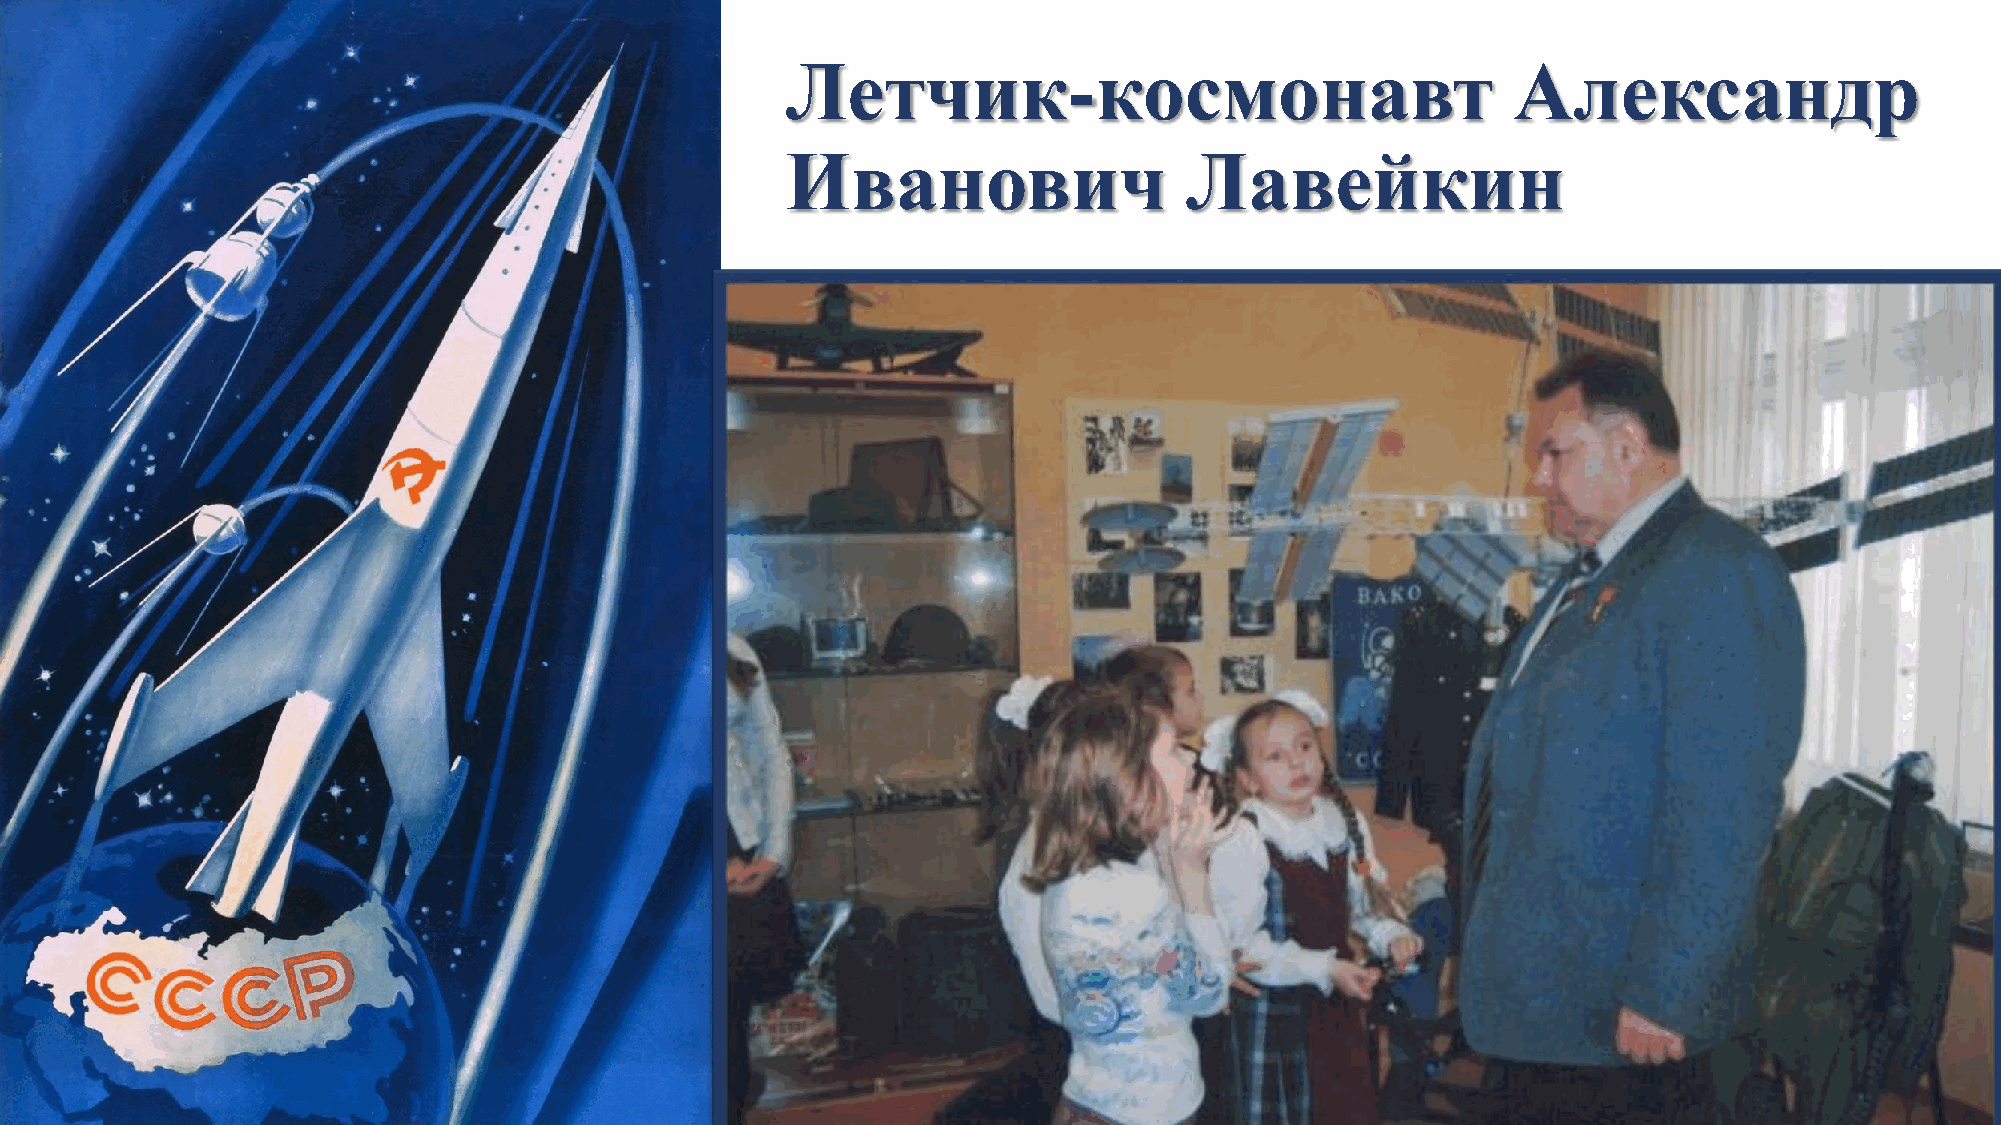
Летчик-космонавт                                Александр
 Иванович                  Лавейкин